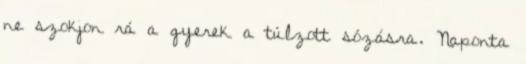
ne szokjon rá a gyerek a túlzott sózásra. Naponta